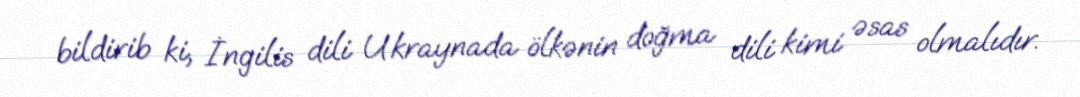
bildirib ki, İngilis dili Ukraynada ölkənin doğma dili kimi əsas olmalıdır.